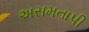
અસમતાપી